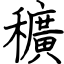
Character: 穬